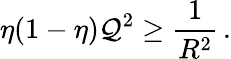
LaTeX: \eta(1-\eta)\mathcal{Q}^{2}\geq\frac{1}{{R^{2}}}\, .